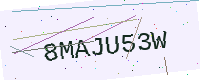
Text: 8MAJU53W